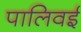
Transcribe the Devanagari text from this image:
पालिवई